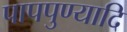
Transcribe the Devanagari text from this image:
पापपुण्यादि